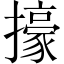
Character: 㩝